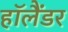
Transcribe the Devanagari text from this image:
हॉलैंडर